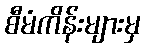
စီမံကိန်းများမှ